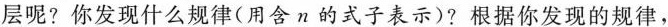
层呢?你发现什么规律(用含n的式子表示)?根据你发现的规律，